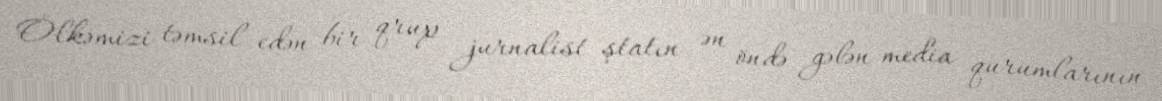
Ölkəmizi təmsil edən bir qrup jurnalist ştatın ən öndə gələn media qurumlarının